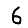
Digit: 6